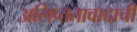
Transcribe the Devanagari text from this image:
अलिप्ततावादाची